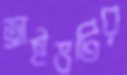
ড্রাইভটির